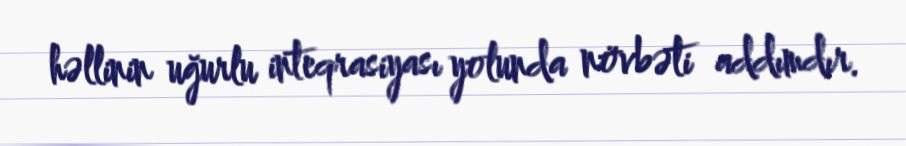
həllinin uğurlu inteqrasiyası yolunda növbəti addımdır.